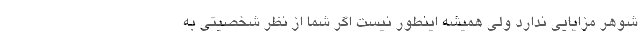
شوهر مزایایی ندارد ولی همیشه اینطور نیست اگر شما از نظر شخصیتی به